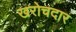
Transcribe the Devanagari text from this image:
खरोचदार